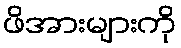
ဖိအားများကို